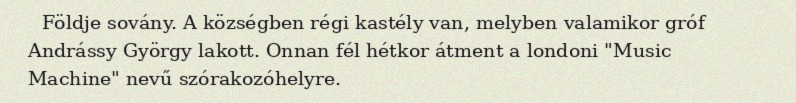
Földje sovány. A községben régi kastély van, melyben valamikor gróf Andrássy György lakott. Onnan fél hétkor átment a londoni "Music Machine" nevű szórakozóhelyre.